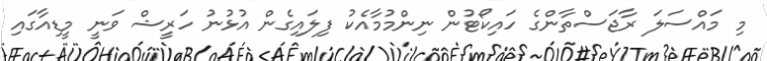
މި މައްސަލަ ރާޖަސްތާންގެ ހައިކޯޓުން ނިންމުމާއެކު ފިލައިގެން އުޅުނު ހަރީޝް ވަނީ މީޑިއާގައި